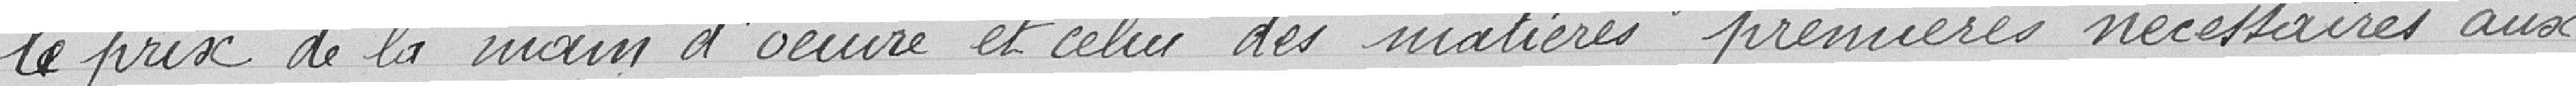
le prix de la main d'œuvre et celui des matières premières nécessaires aux